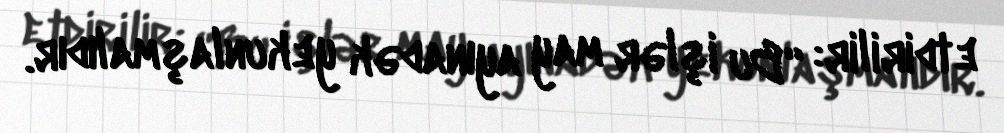
etdirilir: “Bu işlər may ayınadək yekunlaşmalıdır.